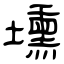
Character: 壎